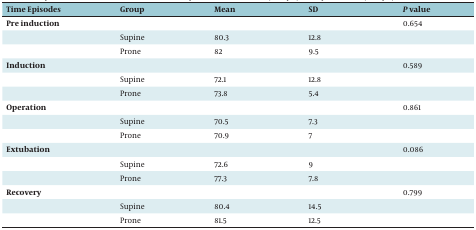
| Time Episodes | Group | Mean | SD | P value |
 | --- | --- | --- | --- | --- |
 | Pre induction |  |  |  | 0.654 |
 |  | Supine | 80.3 | 12.8 |  |
 |  | Prone | 82 | 9.5 |  |
 | Induction |  |  |  | 0.589 |
 |  | Supine | 72.1 | 12.8 |  |
 |  | Prone | 73.8 | 5.4 |  |
 | Operation |  |  |  | 0.861 |
 |  | Supine | 70.5 | 7.3 |  |
 |  | Prone | 70.9 | 7 |  |
 | Extubation |  |  |  | 0.086 |
 |  | Supine | 72.6 | 9 |  |
 |  | Prone | 77.3 | 7.8 |  |
 | Recovery |  |  |  | 0.799 |
 |  | Supine | 80.4 | 14.5 |  |
 |  | Prone | 81.5 | 12.5 |  |